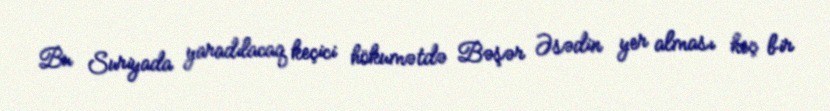
Bu Suriyada yaradılacaq keçici hökumətdə Bəşər Əsədin yer alması heç bir